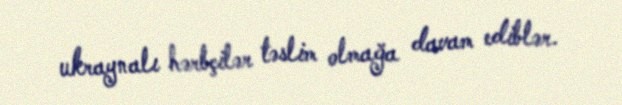
ukraynalı hərbçilər təslim olmağa davam ediblər.